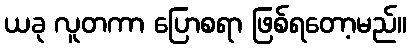
ယခု လူတကာ ပြောစရာ ဖြစ်ရတော့မည်။